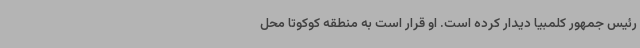
رئیس جمهور کلمبیا دیدار کرده است. او قرار است به منطقه کوکوتا محل